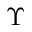
\Upsilon